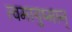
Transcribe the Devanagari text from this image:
त्वमायुष्मान्